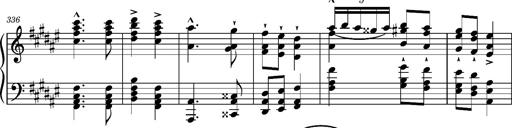
Title: Magyar rapszÃ³diÃ¡k
Composer: Franz Liszt